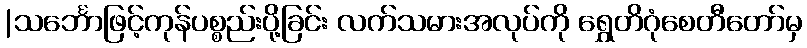
|သင်္ဘောဖြင့်ကုန်ပစ္စည်းပို့ခြင်း လက်သမားအလုပ်ကို ရွှေတိဂုံစေတီတော်မှ